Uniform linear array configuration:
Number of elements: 4
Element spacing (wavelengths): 0.25
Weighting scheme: uniform
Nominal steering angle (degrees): -45
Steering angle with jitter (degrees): -44.163
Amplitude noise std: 0.05
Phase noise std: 0.05

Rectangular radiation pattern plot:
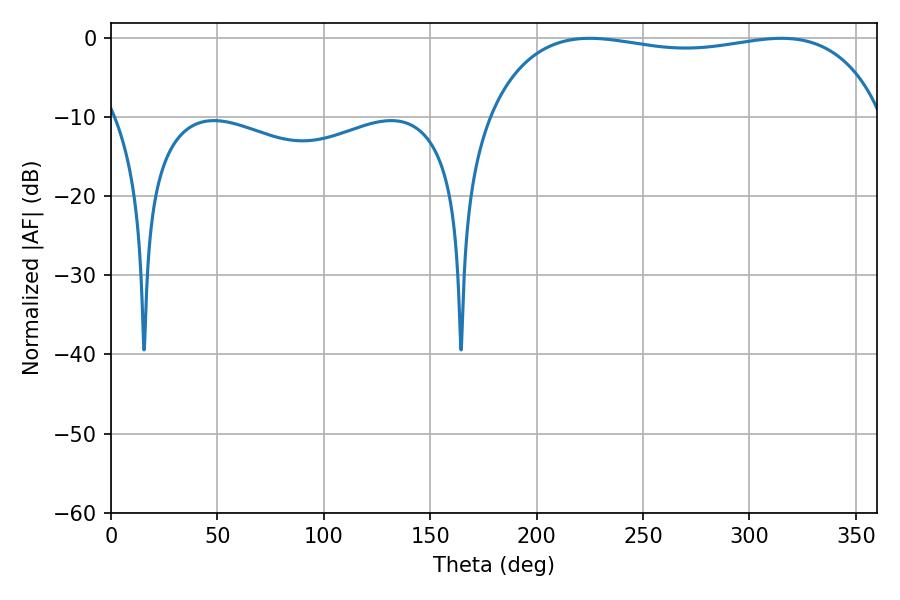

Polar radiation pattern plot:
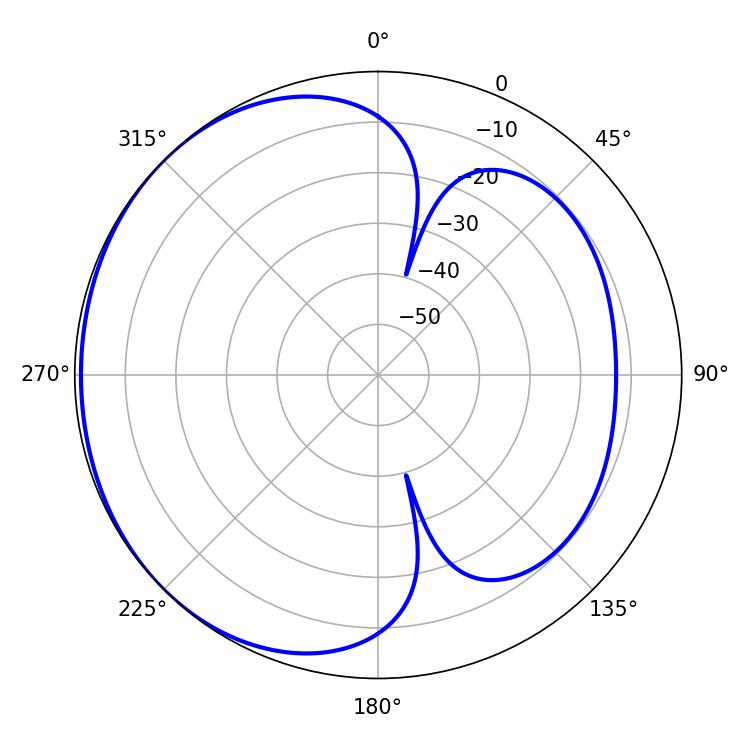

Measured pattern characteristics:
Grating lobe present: FALSE
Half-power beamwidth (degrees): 149.76
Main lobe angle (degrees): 225